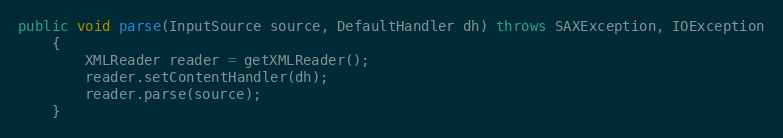
Language: Java
public void parse(InputSource source, DefaultHandler dh) throws SAXException, IOException
    {
        XMLReader reader = getXMLReader();
        reader.setContentHandler(dh);
        reader.parse(source);
    }